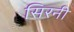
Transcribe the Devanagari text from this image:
सिरनी